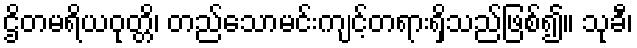
ဌိတမရိယဝုတ္တိ၊ တည်သောမင်းကျင့်တရားရှိသည်ဖြစ်၍။ သုခီ၊